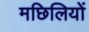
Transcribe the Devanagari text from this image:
मछिलियों